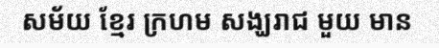
សម័យ ខ្មែរ ក្រហម សង្ឃរាជ មួយ មាន